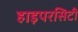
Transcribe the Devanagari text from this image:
हाइपरसिटी